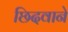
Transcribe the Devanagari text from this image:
छिदवाने